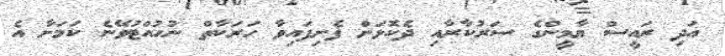
އަދި ރައީސް ޔާމީންގެ ސަރުކާރާއި ދެކޮޅަށް ފެށިފައިވާ ހަރަކާތް ނުހުއްޓުވޭނެ ކަމަށާ އެ